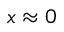
x \approx 0